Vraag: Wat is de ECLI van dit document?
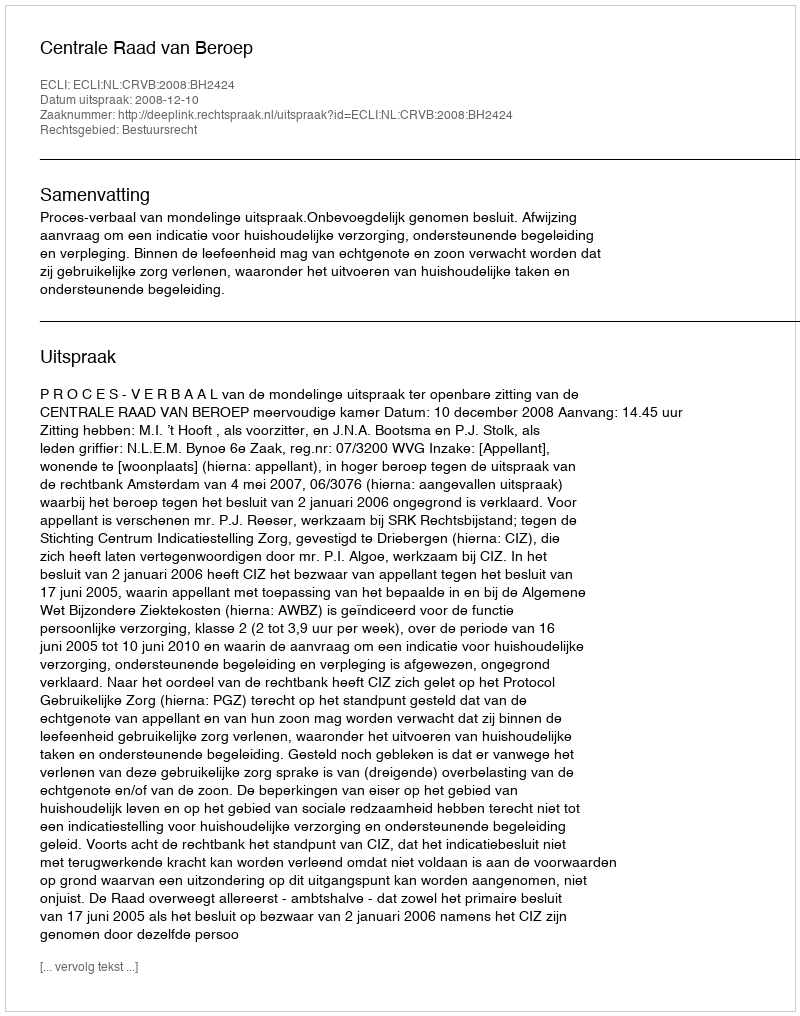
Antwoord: ECLI:NL:CRVB:2008:BH2424